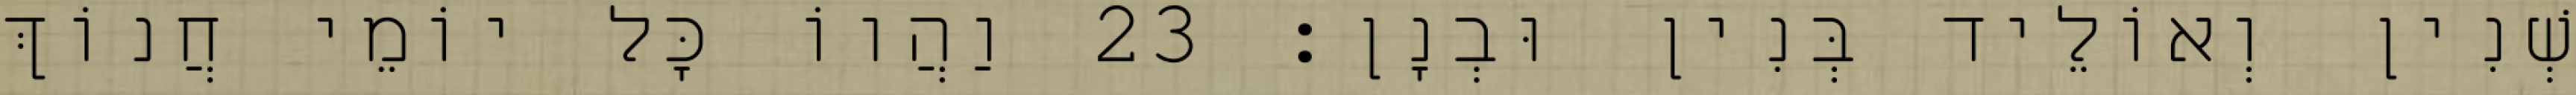
שְׁנִין וְאוֹלֵיד בְּנִין וּבְנָן׃ 23 וַהֲווֹ כָּל יוֹמֵי חֲנוֹךְ